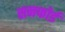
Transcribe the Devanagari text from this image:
सनफोर्ड